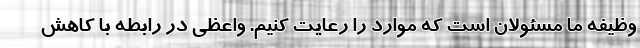
وظیفه ما مسئولان است که موارد را رعایت کنیم. واعظی در رابطه با کاهش